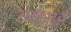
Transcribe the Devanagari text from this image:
सस्काटून